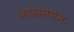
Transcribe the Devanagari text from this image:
कांग्रेसमेन